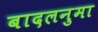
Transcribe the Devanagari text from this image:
बादलनुमा